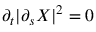
\partial _ { t } \vert \partial _ { s } { \ensuremath \boldsymbol { X } } \vert ^ { 2 } = 0